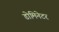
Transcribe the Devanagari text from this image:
डोमिनेटर